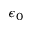
\epsilon _ { 0 }